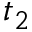
t _ { 2 }